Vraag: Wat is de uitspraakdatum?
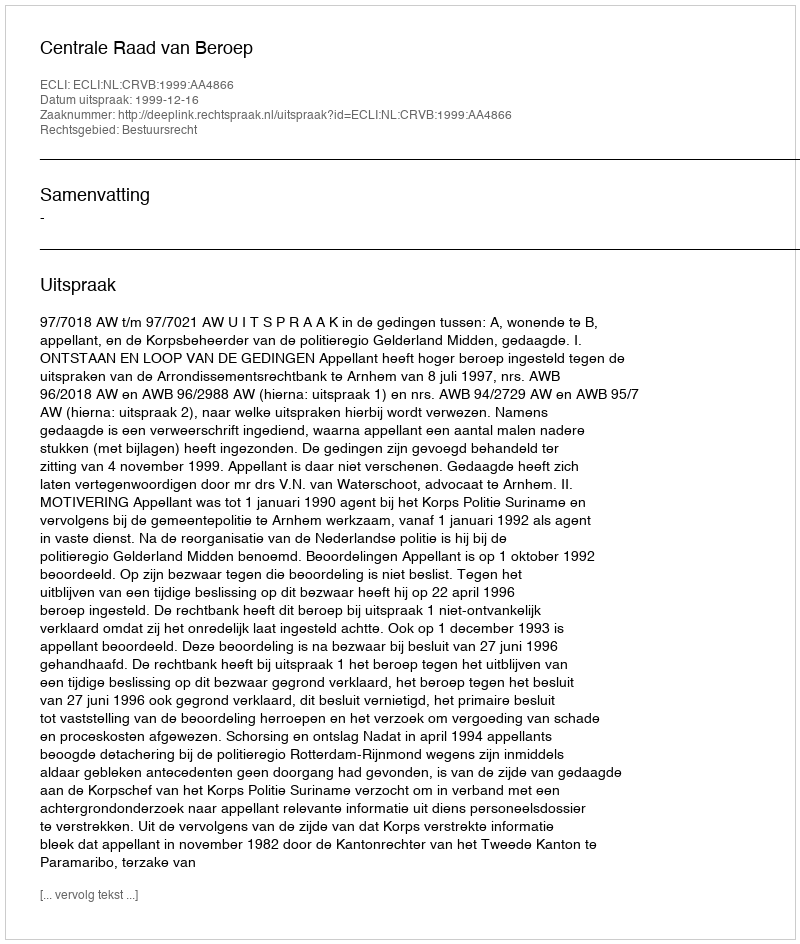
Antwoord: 1999-12-16